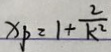
x _ { p } = 1 + \frac { 2 } { k ^ { 2 } }